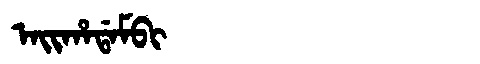
Manchu: ᠠᡳᡥᠠᡩᠠᠮᠪᡳ
Romanization: AIHADAMBI